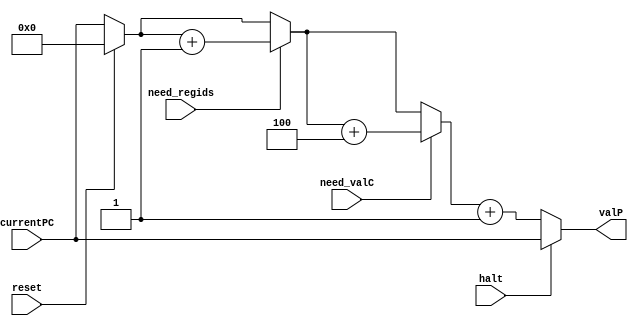
`timescale 1ns / 1ns

module y86_incrementPC
    (input reset,   
    input halt,
    input [31:0] currentPC,	 
    input 	need_regids,
    input 	need_valC,
    output reg [31:0] valP);
	
	always @(*) begin	  
		valP = currentPC;
		if (reset) 
			valP = 0;
		if (need_regids)
			valP = valP + 1;
		if (need_valC)
			valP = valP + 4;
		valP = valP + 1;
		if (halt)
			valP = currentPC;	  
	end	
endmodule